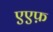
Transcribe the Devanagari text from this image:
एएफ़